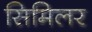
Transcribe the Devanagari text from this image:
सिमिलर